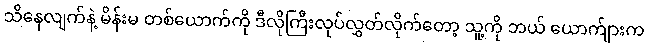
သိနေလျက်နဲ့ မိန်းမ တစ်ယောက်ကို ဒီလိုကြီးလုပ်လွှတ်လိုက်တော့ သူ့ကို ဘယ် ယောက်ျားက